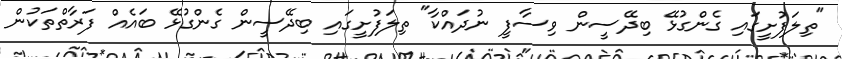
"ތިލަފުށީގައި ގެންގުޅޭ ބިދޭސީން ވިސާފީ ނުދައްކާ" ތިލަފުށީގައި ބިދޭސީން ގެންގުޅޭ ބައެއް ފަރާތްތަކުން